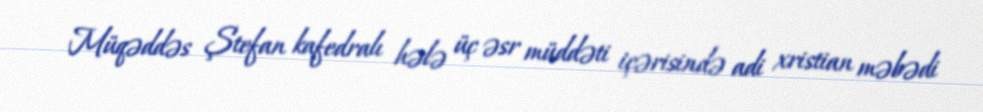
Müqəddəs Ştefan kafedralı hələ üç əsr müddəti içərisində adi xristian məbədi